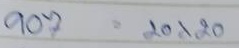
907 = 20x20